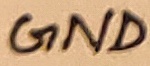
Text: GND